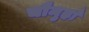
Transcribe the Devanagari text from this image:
चौमुहाँ